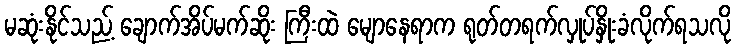
မဆုံးနိုင်သည့် ချောက်အိပ်မက်ဆိုး ကြီးထဲ မျောနေရာက ရုတ်တရက်လှုပ်နှိုးခံလိုက်ရသလို